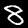
Label: 8